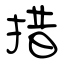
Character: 措